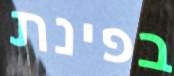
בפינת